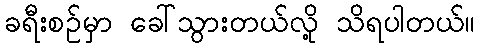
ခရီးစဉ်မှာ ခေါ်သွားတယ်လို့ သိရပါတယ်။